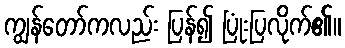
ကျွန်တော်ကလည်း ပြန်၍ ပြုံးပြလိုက်၏။